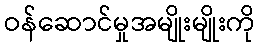
ဝန်ဆောင်မှုအမျိုးမျိုးကို